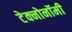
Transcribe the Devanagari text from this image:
टेक्नोनॉमी